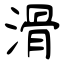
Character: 滑